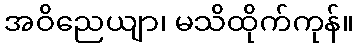
အဝိညေယျာ၊ မသိထိုက်ကုန်။